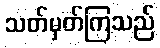
သတ်မှတ်ကြသည်